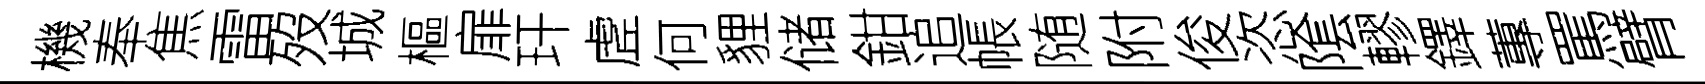
機奉焦雷歿城樞扉玕虗何貍储鉗追帳随附俊恣隂轇鐸蓴罵臂